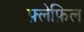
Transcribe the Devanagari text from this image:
फ़्लेफ़िल